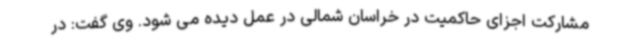
مشارکت اجزای حاکمیت در خراسان شمالی در عمل دیده می شود. وی گفت: در